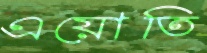
এয়োতি